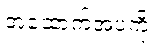
အထောက်အပံ့ကို